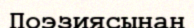
Поэзиясынан